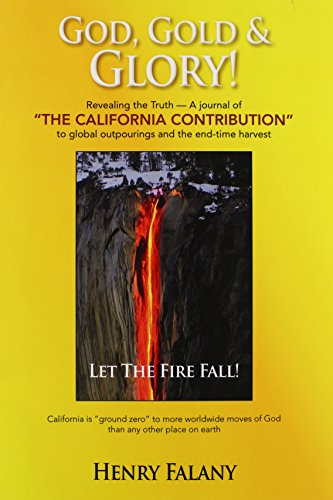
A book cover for God, Gold & Glory!; Henry Falany; Religion & Spirituality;